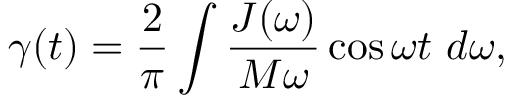
\gamma ( t ) = \frac { 2 } { \pi } \int \frac { J ( \omega ) } { M \omega } \cos \omega t ~ d \omega ,